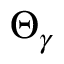
\boldsymbol { { \Theta } } _ { \gamma }